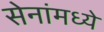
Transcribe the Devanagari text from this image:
सेनांमध्ये